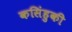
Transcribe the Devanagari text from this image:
कसिंहुकी